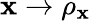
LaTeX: \mathbf{x}\rightarrow\rho_{\mathbf{x}}